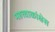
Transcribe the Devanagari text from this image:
महत्त्वाकांक्षेस